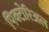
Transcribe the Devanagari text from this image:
पिक्टोरिअल